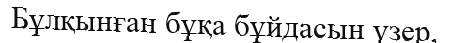
Бұлқынған бұқа бұйдасын үзер,